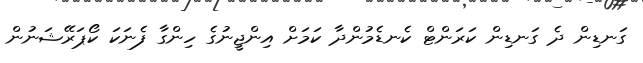
ގަނޑިން ދެ ގަނޑިން ކަރަންޓް ކެނޑެމުންދާ ކަމަށް އިންޖީނުގެ ހިންގާ ފެނަކަ ކޯޕަރޭޝަނުން